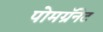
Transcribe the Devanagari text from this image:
पोमग्रॅनेट